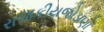
રાજકીયજોડાણો